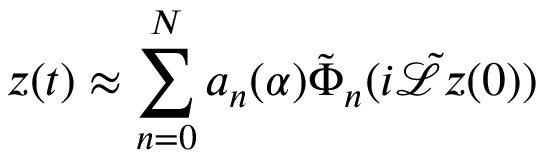
z ( t ) \approx \sum _ { n = 0 } ^ { N } a _ { n } ( \alpha ) \tilde { \Phi } _ { n } ( i \tilde { \mathcal { L } } z ( 0 ) )